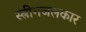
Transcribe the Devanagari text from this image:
स्त्रीगजलकार